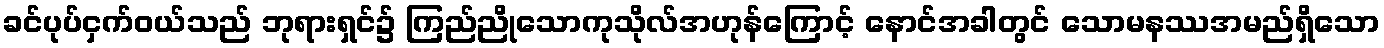
ခင်ပုပ်ငှက်ဝယ်သည် ဘုရားရှင်၌ ကြည်ညိုသောကုသိုလ်အဟုန်ကြောင့် နောင်အခါတွင် သောမနဿအမည်ရှိသော